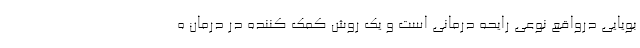
بویایی درواقع نوعی رایحه درمانی است و یک روش کمک کننده در درمان ه